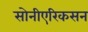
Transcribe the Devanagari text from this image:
सोनीएरिकसन